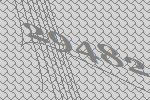
29482